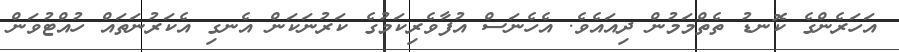
އަހަރެންގެ ކޮނޑު ތެތްމަމުން ދިއައެވެ. އެހެނަސް އުފާވެރިކަމުގެ ކަރުނަކަން އެނގި އެކަރުނަތައް ހުއްޓުވަން